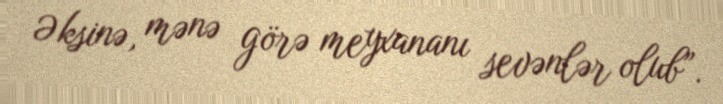
Əksinə, mənə görə meyxananı sevənlər olub”.